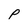
Character: P